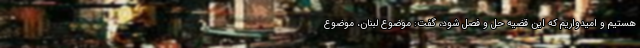
هستیم و امیدواریم که این قضیه حل و فصل شود، گفت: موضوع لبنان، موضوع